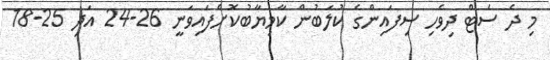
މި ދެ ސެޓް ދިވެހި ސިފައިންގެ ކުލަބުން ކާމިޔާބުކޮށްފައިވަނީ 26-24 އަދި 25-18